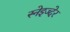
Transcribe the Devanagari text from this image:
स्नेइज्देर